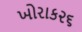
ખોરાક૨૬